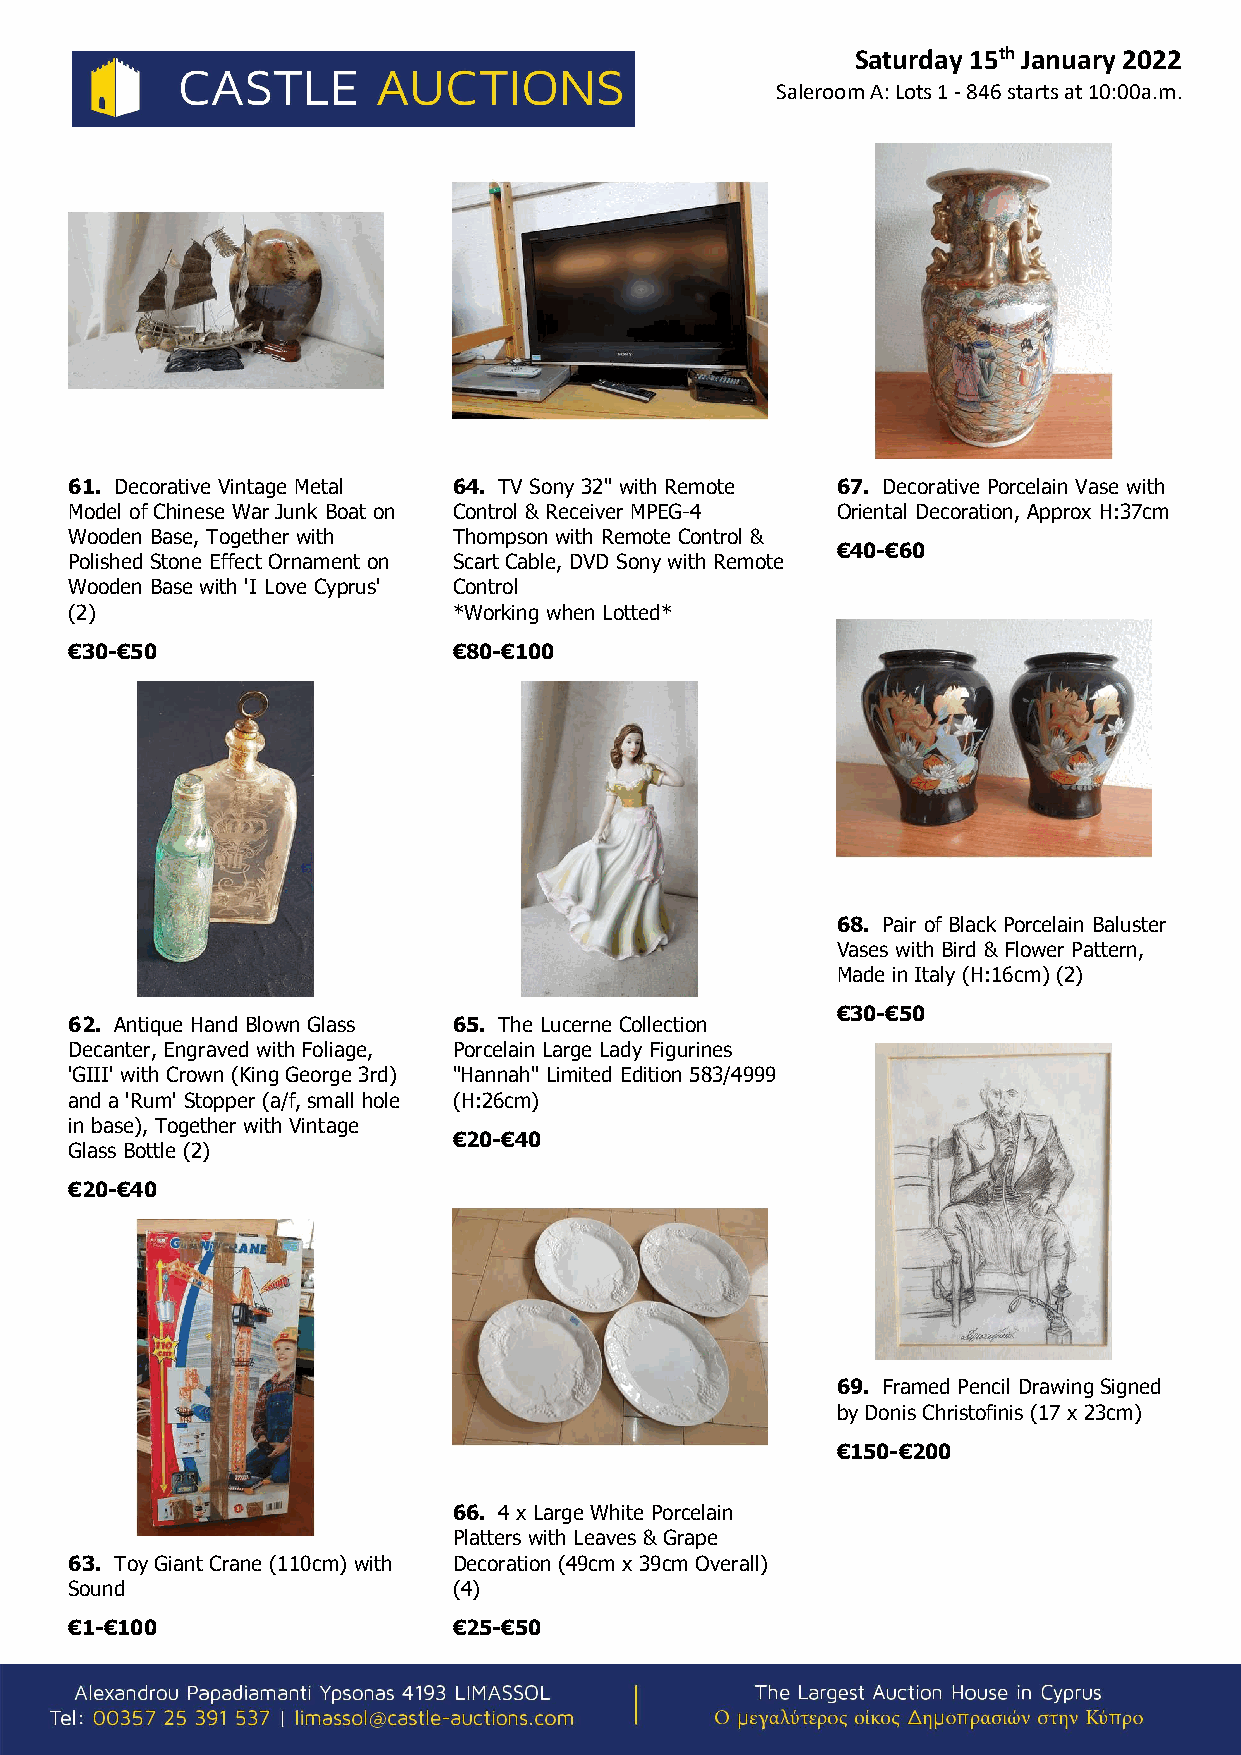
Saturday 15th January 2022
 Saleroom A: Lots 1 - 846 starts at 10:00a.m.
 61. Decorative Vintage Metal 64. TV Sony 32" with Remote 67. Decorative Porcelain Vase with
 Model of Chinese War Junk Boat on Control & Receiver MPEG-4 Oriental Decoration, Approx H:37cm
 Wooden Base, Together with Thompson with Remote Control &
 €40-€60
 Polished Stone Effect Ornament on Scart Cable, DVD Sony with Remote
 Wooden Base with 'I Love Cyprus' Control
 (2)                      *Working when Lotted*
 €30-€50                  €80-€100
 68. Pair of Black Porcelain Baluster
 Vases with Bird & Flower Pattern,
 Made in Italy (H:16cm) (2)
 €30-€50
 62. Antique Hand Blown Glass 65. The Lucerne Collection
 Decanter, Engraved with Foliage, Porcelain Large Lady Figurines
 'GIII' with Crown (King George 3rd) "Hannah" Limited Edition 583/4999
 and a 'Rum' Stopper (a/f, small hole (H:26cm)
 in base), Together with Vintage
 €20-€40
 Glass Bottle (2)
 €20-€40
 69. Framed Pencil Drawing Signed
 by Donis Christofinis (17 x 23cm)
 €150-€200
 66. 4 x Large White Porcelain
 Platters with Leaves & Grape
 63. Toy Giant Crane (110cm) with Decoration (49cm x 39cm Overall)
 Sound                    (4)
 €1-€100                  €25-€50